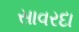
સાવરદા